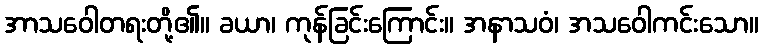
အာသဝေါတရးတို့၏။ ခယာ၊ ကုန်ခြင်းကြောင်း။ အနာသဝံ၊ အသဝေါကင်းသော။